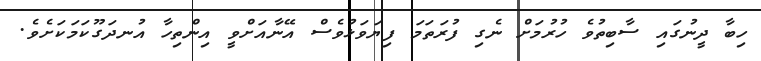
ހިބާ ދީނުގައި ސާބިތުވެ ހުރުމަށް ނެގި ފުރަތަމަ ފިޔަވަޅުވެސް އޭނާއަށްވީ އިންތިހާ އުނދަގޫކަމަކަށެވެ.